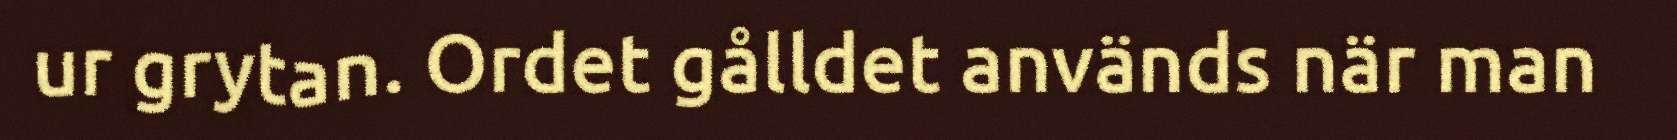
ur grytan. Ordet gålldet används när man